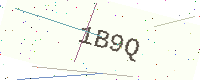
Text: 1B9Q